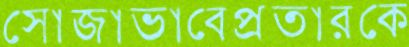
সোজাভাবেপ্রতারকে